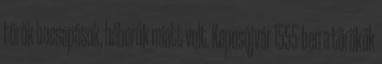
török becsapások, háborúk miatt volt. Kaposújvár 1555-ben a törökök